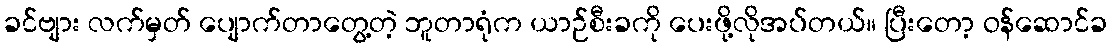
ခင်ဗျား လက်မှတ် ပျောက်တာတွေ့တဲ့ ဘူတာရုံက ယာဉ်စီးခကို ပေးဖို့လိုအပ်တယ်။ ပြီးတော့ ဝန်ဆောင်ခ